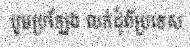
បូមប្រឡែង លក់ដុំពីប្រទេស